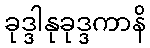
ခုဒ္ဒါနုခုဒ္ဒကာနိ